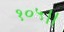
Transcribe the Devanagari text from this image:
१०५।।